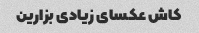
کاش عکسای زیادی بزارین